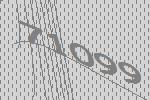
71099